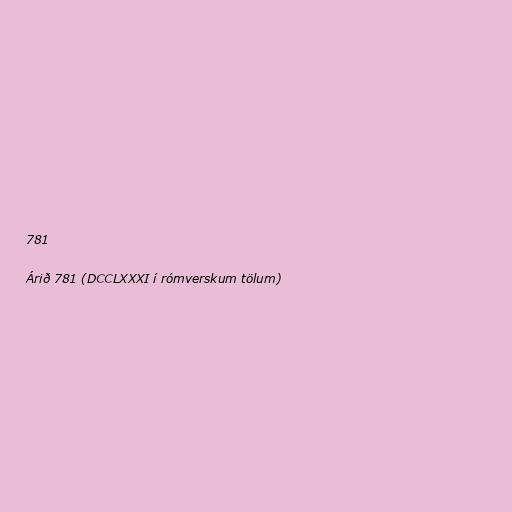
781

Árið 781 (DCCLXXXI í rómverskum tölum)